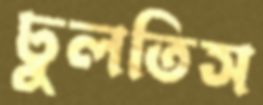
ঢুলতিস